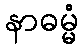
နာဓမ္မံ